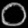
Digit: ၀